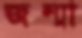
জন্মা